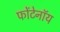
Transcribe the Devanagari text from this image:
फोंटेनॉय